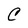
Character: C